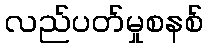
လည်ပတ်မှုစနစ်